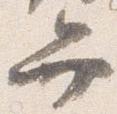
弁